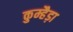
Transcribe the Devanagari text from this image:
कुम्हैड़ा